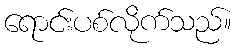
ရောင်းပစ်လိုက်သည်။